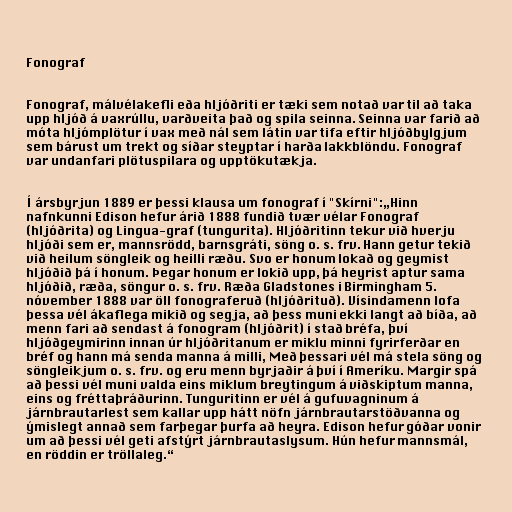
Fonograf

Fonograf, málvélakefli eða hljóðriti er tæki sem notað var til að taka
upp hljóð á vaxrúllu, varðveita það og spila seinna. Seinna var farið að
móta hljómplötur í vax með nál sem látin var tifa eftir hljóðbylgjum
sem bárust um trekt og síðar steyptar í harða lakkblöndu. Fonograf
var undanfari plötuspilara og upptökutækja.

Í ársbyrjun 1889 er þessi klausa um fonograf í "Skírni":„Hinn
nafnkunni Edison hefur árið 1888 fundið tvær vélar Fonograf
(hljóðrita) og Lingua-graf (tungurita). Hljóðritinn tekur við hverju
hljóði sem er, mannsrödd, barnsgráti, söng o. s. frv. Hann getur tekið
við heilum söngleik og heilli ræðu. Svo er honum lokað og geymist
hljóðið þá í honum. Þegar honum er lokið upp, þá heyrist aptur sama
hljóðið, ræða, söngur o. s. frv. Ræða Gladstones i Birmingham 5.
nóvember 1888 var öll fonograferuð (hljóðrituð). Vísindamenn lofa
þessa vél ákaflega mikið og segja, að þess muni ekki langt að bíða, að
menn fari að sendast á fonogram (hljóðrit) í stað bréfa, því
hljóðgeymirinn innan úr hljóðritanum er miklu minni fyrirferðar en
bréf og hann má senda manna á milli, Með þessari vél má stela söng og
söngleikjum o. s. frv. og eru menn byrjaðir á því í Ameríku. Margir spá
að þessi vél muni valda eins miklum breytingum á viðskiptum manna,
eins og fréttaþráðurinn. Tunguritinn er vél á gufuvagninum á
járnbrautarlest sem kallar upp hátt nöfn járnbrautarstöðvanna og
ýmislegt annað sem farþegar þurfa að heyra. Edison hefur góðar vonir
um að þessi vél geti afstýrt járnbrautaslysum. Hún hefur mannsmál,
en röddin er tröllaleg.“